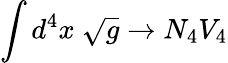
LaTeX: \int d^{4}x\ \sqrt{g}\rightarrow N_{4}V_{4}